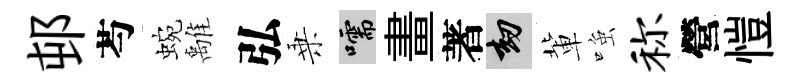
邨芍蜿𩀌弘乗嚅畫著劫軰𫪻称營愷